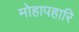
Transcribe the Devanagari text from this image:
मोहापहारि